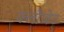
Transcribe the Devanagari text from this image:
क्लौजेट